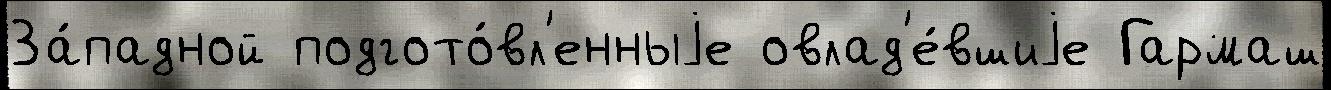
За́падной подгото́вл'енныjе овлад'е́вшиjе Гармаш